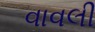
વાવલી